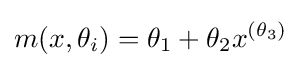
m(x,\theta _{i})=\theta _{1}+\theta _{2}x^{(\theta _{3})}